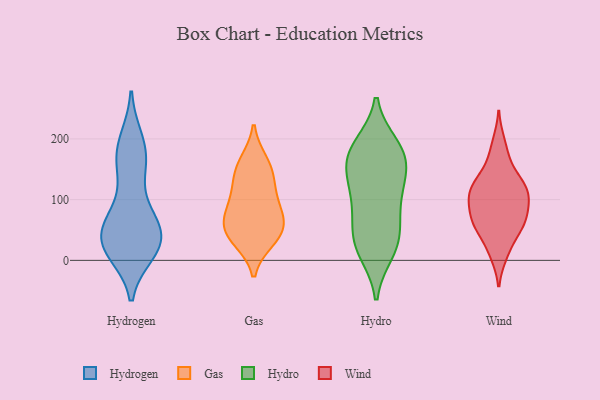
{"axis": {"x": "Gross Profit (USD K)", "y": "Value"}, "legend": ["Gas", "Hydro", "Hydrogen", "Wind"], "data": [{"x": "", "y": 55, "type": "Hydrogen"}, {"x": "", "y": 55, "type": "Hydrogen"}, {"x": "", "y": 13, "type": "Hydrogen"}, {"x": "", "y": 33, "type": "Hydrogen"}, {"x": "", "y": 21, "type": "Hydrogen"}, {"x": "", "y": 178, "type": "Hydrogen"}, {"x": "", "y": 155, "type": "Hydrogen"}, {"x": "", "y": 151, "type": "Hydrogen"}, {"x": "", "y": 73, "type": "Hydrogen"}, {"x": "", "y": 17, "type": "Hydrogen"}, {"x": "", "y": 29, "type": "Hydrogen"}, {"x": "", "y": 39, "type": "Hydrogen"}, {"x": "", "y": 29, "type": "Hydrogen"}, {"x": "", "y": 198, "type": "Hydrogen"}, {"x": "", "y": 70, "type": "Hydrogen"}, {"x": "", "y": 160, "type": "Hydrogen"}, {"x": "", "y": 82, "type": "Hydrogen"}, {"x": "", "y": 199, "type": "Hydrogen"}, {"x": "", "y": 16, "type": "Hydrogen"}, {"x": "", "y": 125, "type": "Gas"}, {"x": "", "y": 62, "type": "Gas"}, {"x": "", "y": 99, "type": "Gas"}, {"x": "", "y": 74, "type": "Gas"}, {"x": "", "y": 57, "type": "Gas"}, {"x": "", "y": 163, "type": "Gas"}, {"x": "", "y": 36, "type": "Gas"}, {"x": "", "y": 33, "type": "Gas"}, {"x": "", "y": 157, "type": "Gas"}, {"x": "", "y": 134, "type": "Gas"}, {"x": "", "y": 43, "type": "Gas"}, {"x": "", "y": 86, "type": "Gas"}, {"x": "", "y": 77, "type": "Hydro"}, {"x": "", "y": 14, "type": "Hydro"}, {"x": "", "y": 166, "type": "Hydro"}, {"x": "", "y": 189, "type": "Hydro"}, {"x": "", "y": 20, "type": "Hydro"}, {"x": "", "y": 127, "type": "Hydro"}, {"x": "", "y": 116, "type": "Hydro"}, {"x": "", "y": 107, "type": "Hydro"}, {"x": "", "y": 153, "type": "Hydro"}, {"x": "", "y": 181, "type": "Hydro"}, {"x": "", "y": 34, "type": "Hydro"}, {"x": "", "y": 65, "type": "Hydro"}, {"x": "", "y": 162, "type": "Hydro"}, {"x": "", "y": 33, "type": "Hydro"}, {"x": "", "y": 184, "type": "Hydro"}, {"x": "", "y": 116, "type": "Wind"}, {"x": "", "y": 98, "type": "Wind"}, {"x": "", "y": 57, "type": "Wind"}, {"x": "", "y": 106, "type": "Wind"}, {"x": "", "y": 145, "type": "Wind"}, {"x": "", "y": 121, "type": "Wind"}, {"x": "", "y": 52, "type": "Wind"}, {"x": "", "y": 10, "type": "Wind"}, {"x": "", "y": 134, "type": "Wind"}, {"x": "", "y": 59, "type": "Wind"}, {"x": "", "y": 75, "type": "Wind"}, {"x": "", "y": 194, "type": "Wind"}, {"x": "", "y": 173, "type": "Wind"}, {"x": "", "y": 109, "type": "Wind"}, {"x": "", "y": 64, "type": "Wind"}, {"x": "", "y": 62, "type": "Wind"}, {"x": "", "y": 92, "type": "Wind"}, {"x": "", "y": 117, "type": "Wind"}, {"x": "", "y": 16, "type": "Wind"}]}